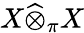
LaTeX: X{\widehat{\otimes}}_{\pi}X